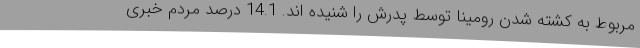
مربوط به کشته شدن رومینا توسط پدرش را شنیده اند. 14.1 درصد مردم خبری